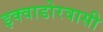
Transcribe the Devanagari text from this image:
इक्वाडोरवासी